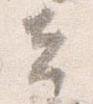
夫